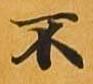
不